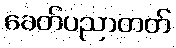
ခေတ်ပညာတတ်